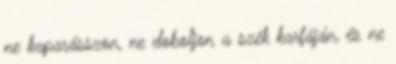
ne kaparásszon, ne doboljon a szék karfáján, és ne